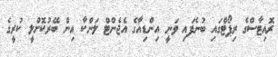
ރޮއިޓާސްގެ ރިޕޯޓްގައި ބުނެފައި ވަނީ އިންޑިއާގެ އެޖެންޓް ލަންކާ އިން ބޭރުކޮށްލީ ކުރީގެ